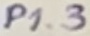
Text: P1.3